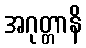
အဂုတ္တာနိ